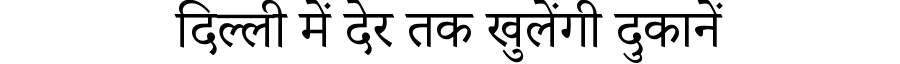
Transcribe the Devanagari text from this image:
दिल्ली में देर तक खुलेंगी दुकानें